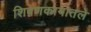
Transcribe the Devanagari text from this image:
शिवणकामातले